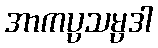
အာကပ္ပသမ္ပဒါ